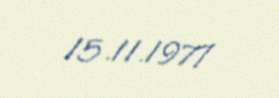
15.11.1977